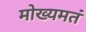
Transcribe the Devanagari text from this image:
मोख्यमतं